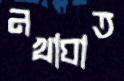
নখাঘাত